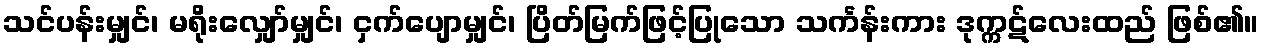
သင်ပန်းမျှင်၊ မရိုးလျှော်မျှင်၊ ငှက်ပျောမျှင်၊ ပြိတ်မြက်ဖြင့်ပြုသော သင်္ကန်းကား ဒုက္ကဋ်လေးထည် ဖြစ်၏။